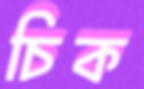
চিক